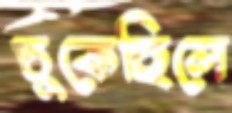
চুকেছিলে